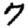
Digit: 7